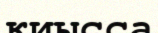
қиысса